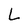
Character: L